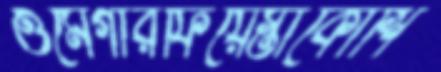
ওমেগারফিয়েস্তাকৌশি